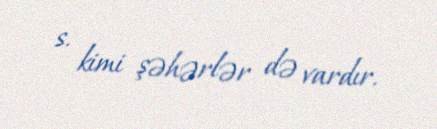
s. kimi şəhərlər də vardır.